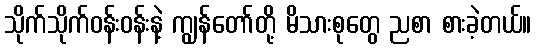
သိုက်သိုက်ဝန်းဝန်းနဲ့ ကျွန်တော်တို့ မိသားစုတွေ ညစာ စားခဲ့တယ်။